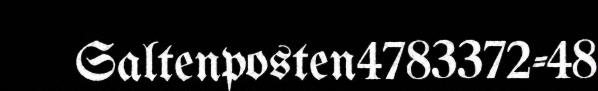
Saltenposten4783372-48